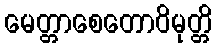
မေတ္တာစေတောဝိမုတ္တိ